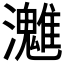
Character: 𤄛